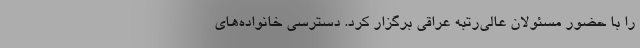
را با حضور مسئولان عالی‌رتبه عراقی برگزار کرد. دسترسی خانواده‌های